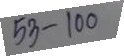
53 - 100